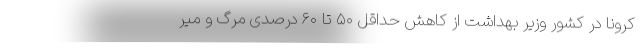
کرونا در کشور وزیر بهداشت از کاهش حداقل ۵۰ تا ۶۰ درصدی مرگ و میر